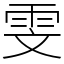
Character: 雯